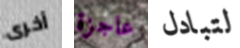
أخرى عاجزة لتبادل